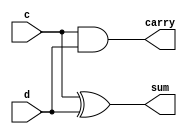
module halfadder(c,d,sum,carry);
input c,d;
output sum,carry;
xor x1(sum,c,d);
and a1(carry,c,d);
endmodule